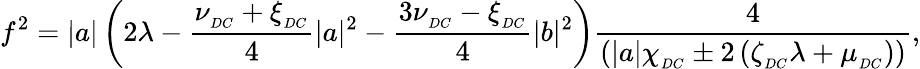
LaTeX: f^{2}=|a|\left(2\lambda-\frac{\nu_{_{DC}}+\xi_{_{DC}}}{4}|a|^{2}-\frac{3\nu_{_{DC}}-\xi_{_{DC}}}{4}|b|^{2}\right)\frac{4}{\left(|a|\chi_{_{DC}}\pm 2\left(\zeta_{_{DC}}\lambda+\mu_{_{DC}}\right)\right)},